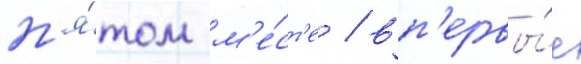
п'я́том м'е́ст'е / вп'ервы́е